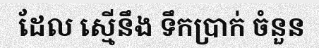
ដែល ស្មើនឹង ទឹកប្រាក់ ចំនួន